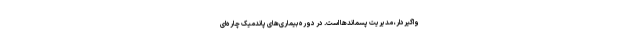
واگیردار، مدیریت پسماندها است. در دوره بیماری‌های پاندمیک چاره‌ای